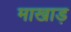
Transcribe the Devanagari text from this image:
माखाड़